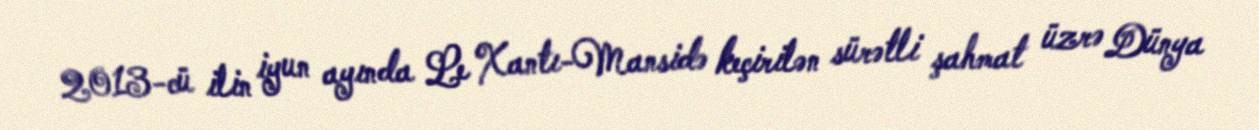
2013-cü ilin iyun ayında Le Xantı-Mansidə keçirilən sürətli şahmat üzrə Dünya